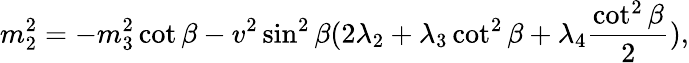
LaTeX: m_{2}^{2}=-m_{3}^{2}\cot\beta-v^{2}\sin^{2}\beta(2\lambda_{2}+\lambda_{3}\cot^{2}\beta+\lambda_{4}{\frac{\cot^{2}\beta}{2}}),